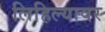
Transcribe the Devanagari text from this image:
लिहिल्यावर